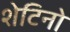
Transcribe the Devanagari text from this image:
शेटिनो